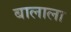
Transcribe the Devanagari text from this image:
बालाला